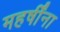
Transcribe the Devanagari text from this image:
महर्षींना